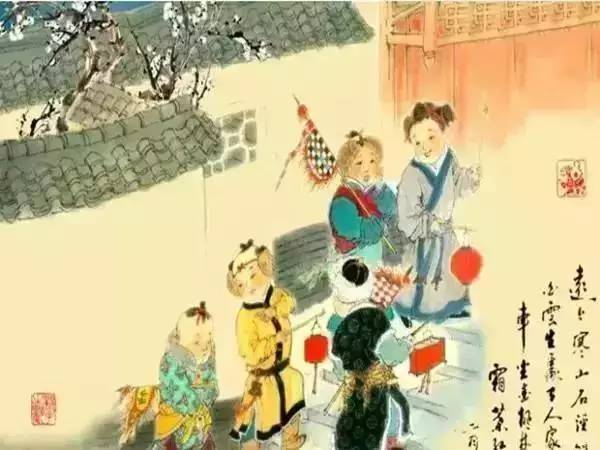
今年元夜时，月与灯依旧。